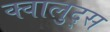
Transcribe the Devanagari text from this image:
क्वालुद्स